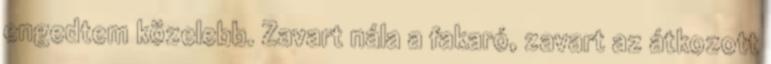
engedtem közelebb. Zavart nála a fakaró, zavart az átkozott